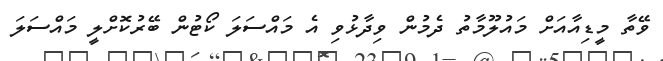
ވޭތާ މީޑިއާއަށް މައުލޫމާތު ދެމުން ވިދާޅުވި އެ މައްސަލަ ކޯޓުން ބޭރުކޮށްލީ މައްސަލަ